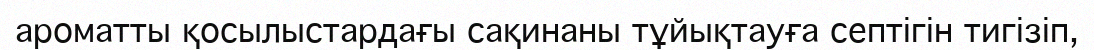
ароматты қосылыстардағы сақинаны тұйықтауға септігін тигізіп,